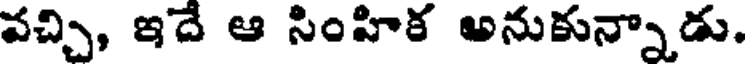
వచ్చి, ఇదే ఆ సింహిక అనుకున్నాడు.